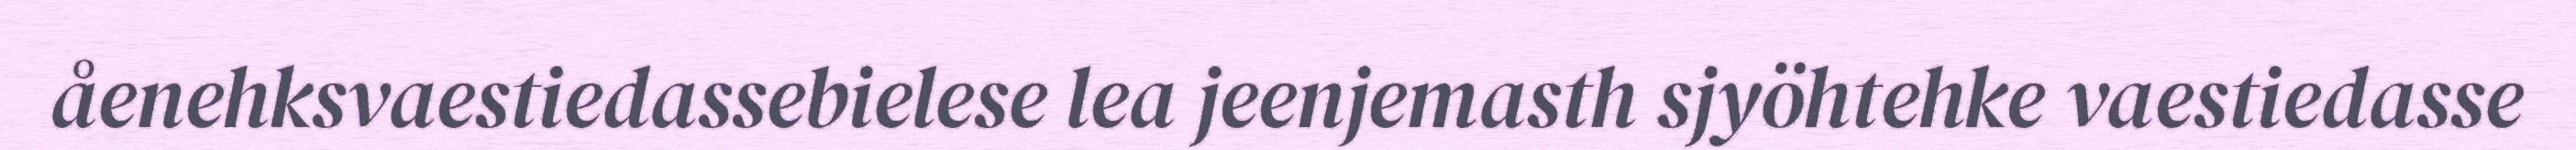
åenehksvaestiedassebielese lea jeenjemasth sjyöhtehke vaestiedasse